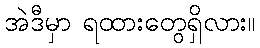
အဲဒီမှာ ရထားတွေရှိလား။